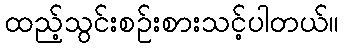
ထည့်သွင်းစဉ်းစားသင့်ပါတယ်။